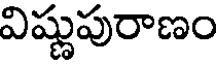
విష్ణుపురాణం